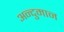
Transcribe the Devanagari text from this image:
अन्दुमान